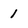
Character: 1